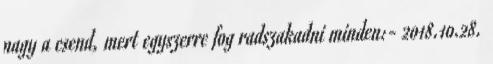
nagy a csend, mert egyszerre fog radszakadni minden:- 2018.10.28.